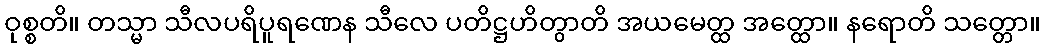
ဝုစ္စတိ။ တသ္မာ သီလပရိပူရဏေန သီလေ ပတိဋ္ဌဟိတွာတိ အယမေတ္ထ အတ္ထော။ နရောတိ သတ္တော။